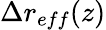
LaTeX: \Delta r_{eff}(z)